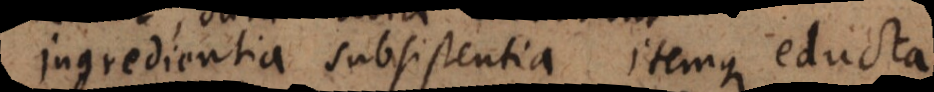
Ingredientia subsistentia itemque educta